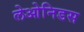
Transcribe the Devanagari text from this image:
लेओनिडस